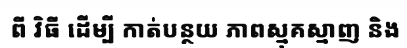
ពី វិធី ដើម្បី កាត់បន្ថយ ភាពស្មុគស្មាញ និង